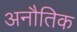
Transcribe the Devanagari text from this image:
अनौतिक